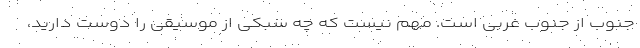
جنوب از جنوب غربی است. مهم نیست که چه سبکی از موسیقی را دوست دارید،